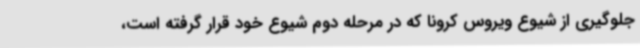
جلوگیری از شیوع ویروس کرونا که در مرحله دوم شیوع خود قرار گرفته است،